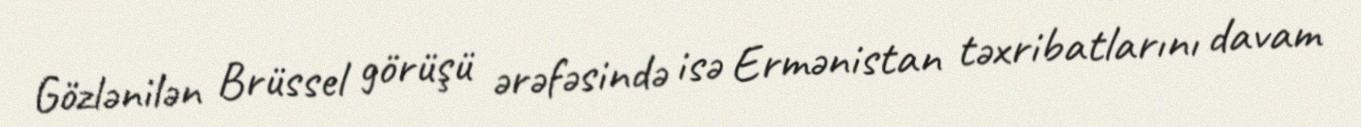
Gözlənilən Brüssel görüşü ərəfəsində isə Ermənistan təxribatlarını davam